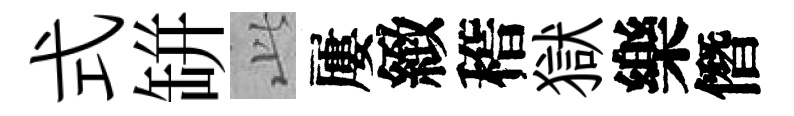
式缾𬼘屢緻稽獄樂僭